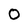
Character: 0